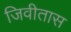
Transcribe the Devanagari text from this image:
जिवीतास